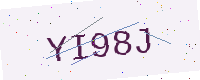
Text: YI98J